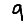
Digit: 9